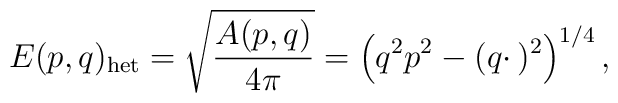
E(p,q)_{\rm het}  = \sqrt {A(p,q)\over 4\pi } = \left (q^2 p^2 - (q \cdotp)^2\right )^{1/4},